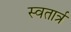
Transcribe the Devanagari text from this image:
स्वतार्त्र